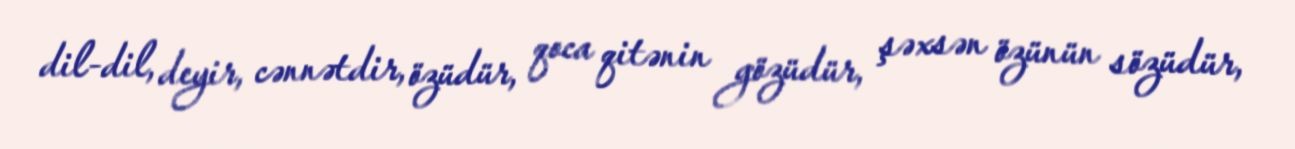
dil-dil, deyir, cənnətdir, özüdür, qoca qitənin gözüdür, şəxsən özünün sözüdür,